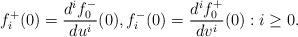
LaTeX: \begin{align*} f^+_i(0)=\frac{d^if^-_0}{du^i}(0),f^-_i(0)=\frac{d^if^+_0}{dv^i}(0):i\geq 0.\end{align*}